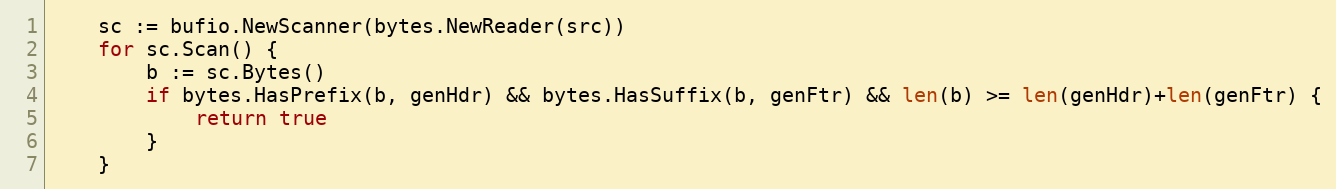
Language: Go
	sc := bufio.NewScanner(bytes.NewReader(src))
	for sc.Scan() {
		b := sc.Bytes()
		if bytes.HasPrefix(b, genHdr) && bytes.HasSuffix(b, genFtr) && len(b) >= len(genHdr)+len(genFtr) {
			return true
		}
	}